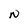
Character: N